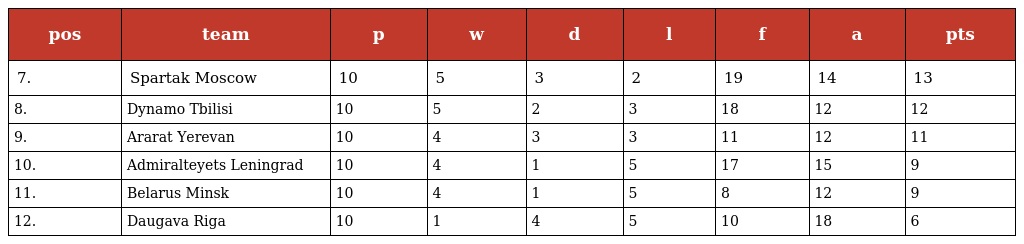
| pos | team | p | w | d | l | f | a | pts |
 | --- | --- | --- | --- | --- | --- | --- | --- | --- |
 | 7. | Spartak Moscow | 10 | 5 | 3 | 2 | 19 | 14 | 13 |
 | 8. | Dynamo Tbilisi | 10 | 5 | 2 | 3 | 18 | 12 | 12 |
 | 9. | Ararat Yerevan | 10 | 4 | 3 | 3 | 11 | 12 | 11 |
 | 10. | Admiralteyets Leningrad | 10 | 4 | 1 | 5 | 17 | 15 | 9 |
 | 11. | Belarus Minsk | 10 | 4 | 1 | 5 | 8 | 12 | 9 |
 | 12. | Daugava Riga | 10 | 1 | 4 | 5 | 10 | 18 | 6 |